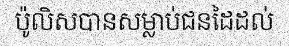
ប៉ូលិសបានសម្លាប់ជនដៃដល់